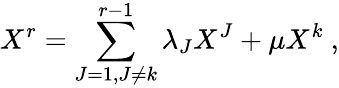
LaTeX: X^{r}=\sum_{J=1,J\not=k}^{r-1}\lambda_{J}X^{J}+\mu X^{k}\ ,